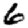
Digit: 6